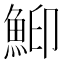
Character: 鮣